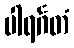
ပါရင်္ဂတံ